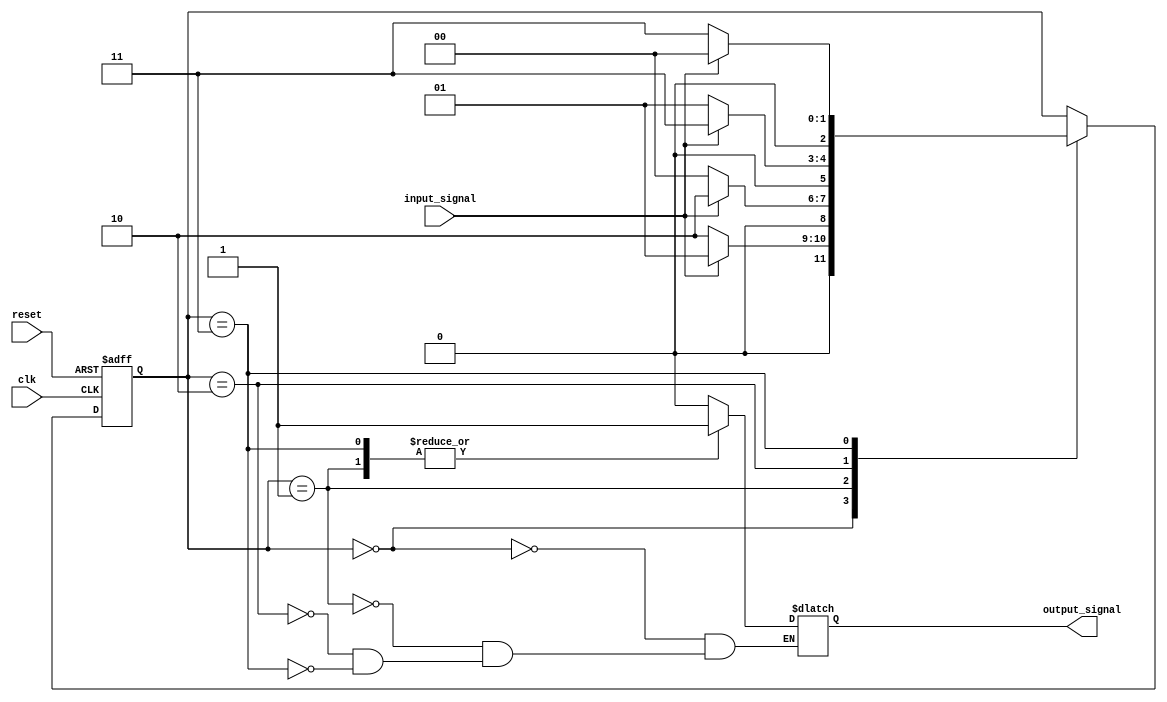
module state_machine (
    input wire clk, // Clock input
    input wire reset, // Reset input
    input wire input_signal, // Input signal
    output reg output_signal // Output signal
);

// State definitions
parameter STATE_1 = 3'b000;
parameter STATE_2 = 3'b001;
parameter STATE_3 = 3'b010;
parameter STATE_4 = 3'b011;

// State register
reg [2:0] state_reg;
always @(posedge clk or posedge reset) begin
    if (reset) begin
        state_reg <= STATE_1;
    end else begin
        case (state_reg)
            STATE_1: begin
                if (input_signal) begin
                    state_reg <= STATE_2;
                end else begin
                    state_reg <= STATE_3;
                end
            end
            STATE_2: begin
                if (input_signal) begin
                    state_reg <= STATE_3;
                end else begin
                    state_reg <= STATE_1;
                end
            end
            STATE_3: begin
                if (input_signal) begin
                    state_reg <= STATE_4;
                end else begin
                    state_reg <= STATE_2;
                end
            end
            STATE_4: begin
                if (input_signal) begin
                    state_reg <= STATE_1;
                end else begin
                    state_reg <= STATE_4;
                end
            end
        endcase
    end
end

// Output logic
always @(*) begin
    case (state_reg)
        STATE_1: begin
            output_signal = 1'b0;
        end
        STATE_2: begin
            output_signal = 1'b1;
        end
        STATE_3: begin
            output_signal = 1'b0;
        end
        STATE_4: begin
            output_signal = 1'b1;
        end
    endcase
end

endmodule